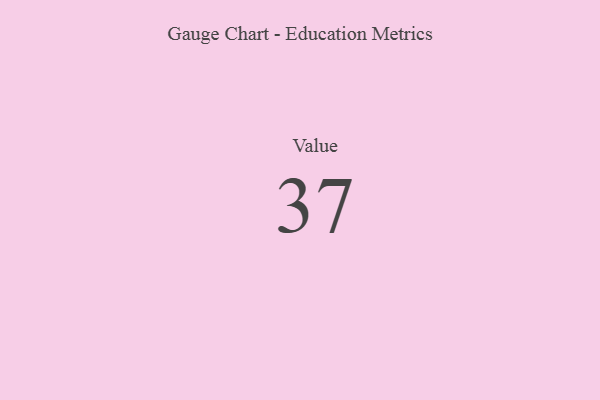
{"axis": {"x": "Metric", "y": "Value"}, "legend": [""], "data": [{"x": "Value", "y": 37, "type": ""}]}